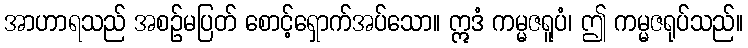
အာဟာရသည် အစဉ်မပြတ် စောင့်ရှောက်အပ်သော။ ဣဒံ ကမ္မဇရူပံ၊ ဤ ကမ္မဇရုပ်သည်။